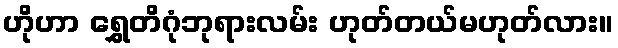
ဟိုဟာ ရွှေတိဂုံဘုရားလမ်း ဟုတ်တယ်မဟုတ်လား။